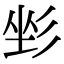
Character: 𢒐